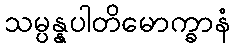
သမ္ပန္နပါတိမောက္ခာနံ